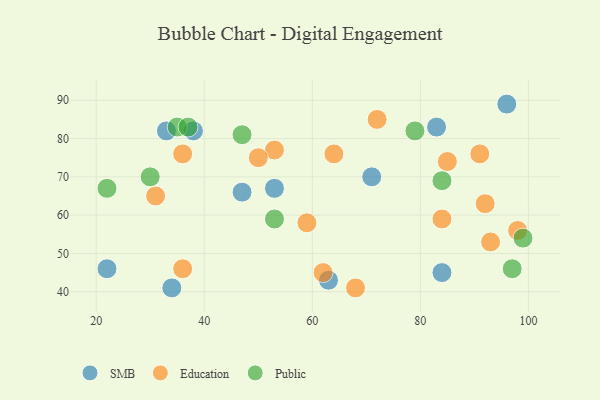
{"axis": {"x": "GDP", "y": "Life Expectancy"}, "legend": ["Education", "Public", "SMB"], "data": [{"x": "33", "y": 82, "type": "SMB"}, {"x": "63", "y": 43, "type": "SMB"}, {"x": "83", "y": 83, "type": "SMB"}, {"x": "84", "y": 45, "type": "SMB"}, {"x": "47", "y": 66, "type": "SMB"}, {"x": "96", "y": 89, "type": "SMB"}, {"x": "53", "y": 67, "type": "SMB"}, {"x": "22", "y": 46, "type": "SMB"}, {"x": "38", "y": 82, "type": "SMB"}, {"x": "71", "y": 70, "type": "SMB"}, {"x": "34", "y": 41, "type": "SMB"}, {"x": "98", "y": 56, "type": "Education"}, {"x": "91", "y": 76, "type": "Education"}, {"x": "93", "y": 53, "type": "Education"}, {"x": "84", "y": 59, "type": "Education"}, {"x": "72", "y": 85, "type": "Education"}, {"x": "92", "y": 63, "type": "Education"}, {"x": "85", "y": 74, "type": "Education"}, {"x": "36", "y": 76, "type": "Education"}, {"x": "53", "y": 77, "type": "Education"}, {"x": "36", "y": 46, "type": "Education"}, {"x": "62", "y": 45, "type": "Education"}, {"x": "68", "y": 41, "type": "Education"}, {"x": "59", "y": 58, "type": "Education"}, {"x": "64", "y": 76, "type": "Education"}, {"x": "31", "y": 65, "type": "Education"}, {"x": "50", "y": 75, "type": "Education"}, {"x": "53", "y": 59, "type": "Public"}, {"x": "22", "y": 67, "type": "Public"}, {"x": "84", "y": 69, "type": "Public"}, {"x": "99", "y": 54, "type": "Public"}, {"x": "79", "y": 82, "type": "Public"}, {"x": "47", "y": 81, "type": "Public"}, {"x": "35", "y": 83, "type": "Public"}, {"x": "97", "y": 46, "type": "Public"}, {"x": "30", "y": 70, "type": "Public"}, {"x": "37", "y": 83, "type": "Public"}]}